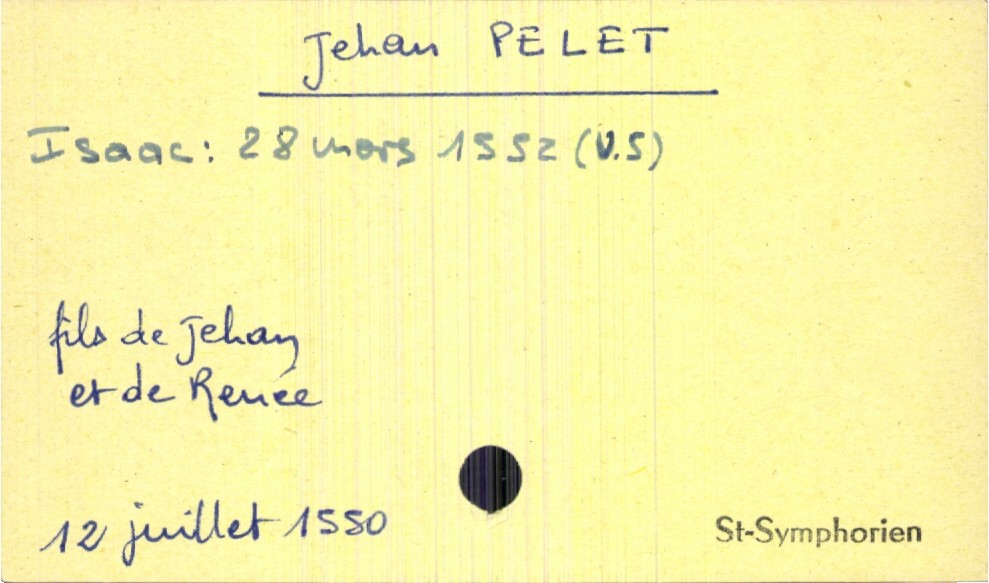
type_acte: Baptême
observations: date en nouveau style pour la naissance d'Isaac
filiation: fils
enfant_prénom: Isaac
enfant_date_de_naissance: 28 mars 1552
enfant_lieu_de_naissance: Saint-Symphorien
père_enfant_nom: Pelet
père_enfant_prénom: Jehan
mère_enfant_prénom: Renée